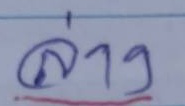
ล่าง